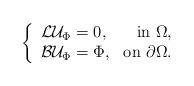
LaTeX: \begin{align*} \left\{ \begin{array}{lr} \mathcal L\mathcal U_\Phi=0, &\mbox{in }\Omega,\\ \mathcal B\mathcal U_\Phi=\Phi, &\mbox{on }\partial\Omega. \end{array} \right.\end{align*}